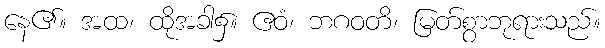
နေ၏။ အထ၊ ထိုအခါ၌။ ဧဝံ၊ ဘဂဝတိ၊ မြတ်စွာဘုရားသည်။